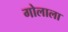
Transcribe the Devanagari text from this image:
गोलाला